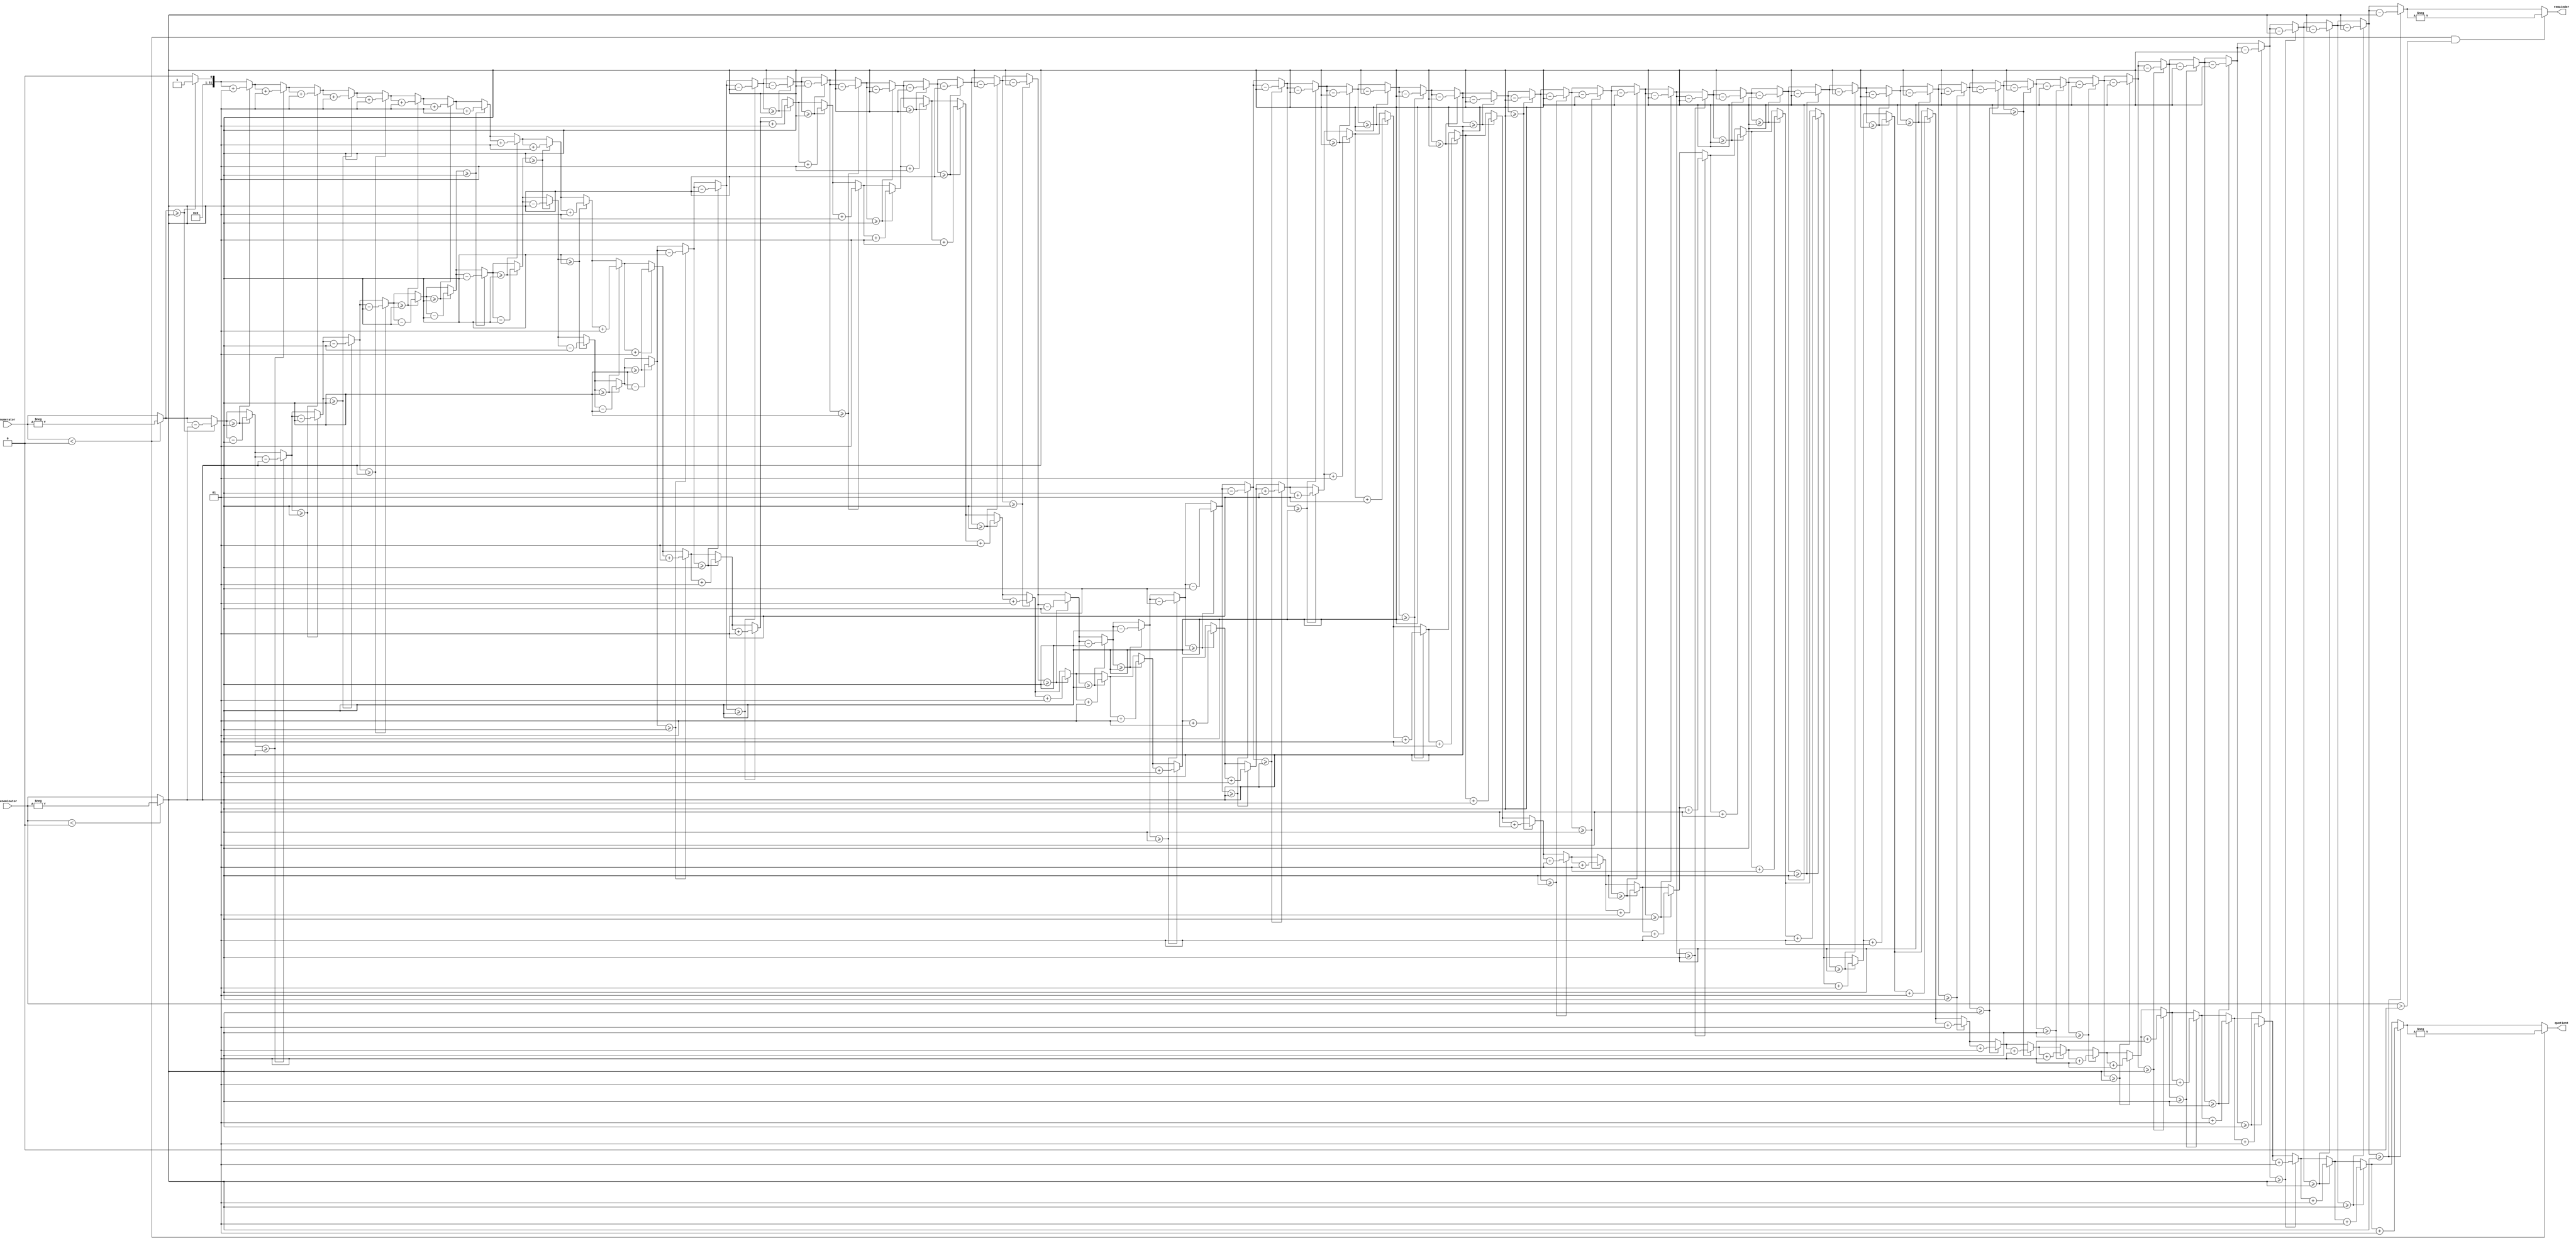
module signed_divider (
  input signed [31:0] numerator,
  input signed [31:0] denominator,
  output signed [31:0] quotient,
  output signed [31:0] remainder
);
  integer i;
  reg signed [31:0] a;
  reg signed [31:0] b;
  reg signed [31:0] q;
  reg signed [31:0] r;

  always @* begin
    a = numerator;
    b = denominator;
    q = 0;
    r = 0;

    if (a < 0) a = -a; // 
    if (b < 0) b = -b; // 

    for(i=0;i<64;i=i+1) begin
      if (a >= b) begin
        a = a - b;
        q = q + 1;
      end
    end

    r = a;

    // 
    if (numerator < 0) q = -q;
    if (numerator < 0 && denominator > 0) r = -r;
  end

  assign quotient = q;
  assign remainder = r;

endmodule